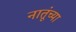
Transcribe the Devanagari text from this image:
नातूंच्या